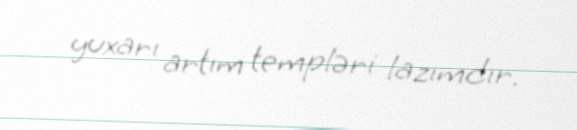
yuxarı artım templəri lazımdır.